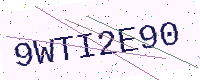
Text: 9WTI2E90